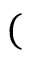
(